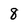
Character: 8